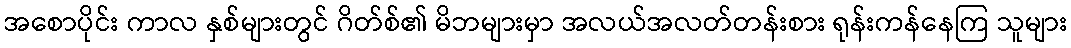
အစောပိုင်း ကာလ နှစ်များတွင် ဂိတ်စ်၏ မိဘများမှာ အလယ်အလတ်တန်းစား ရုန်းကန်နေကြ သူများ